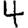
Digit: 4